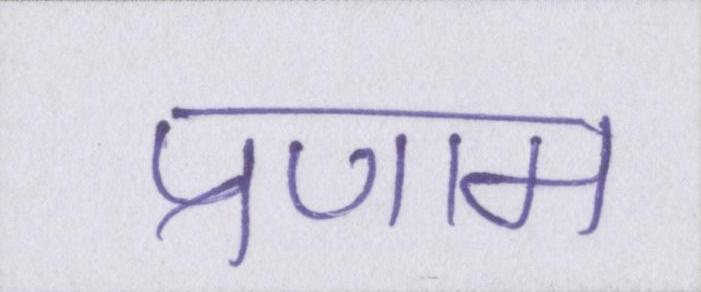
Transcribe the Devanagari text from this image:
प्रणाम